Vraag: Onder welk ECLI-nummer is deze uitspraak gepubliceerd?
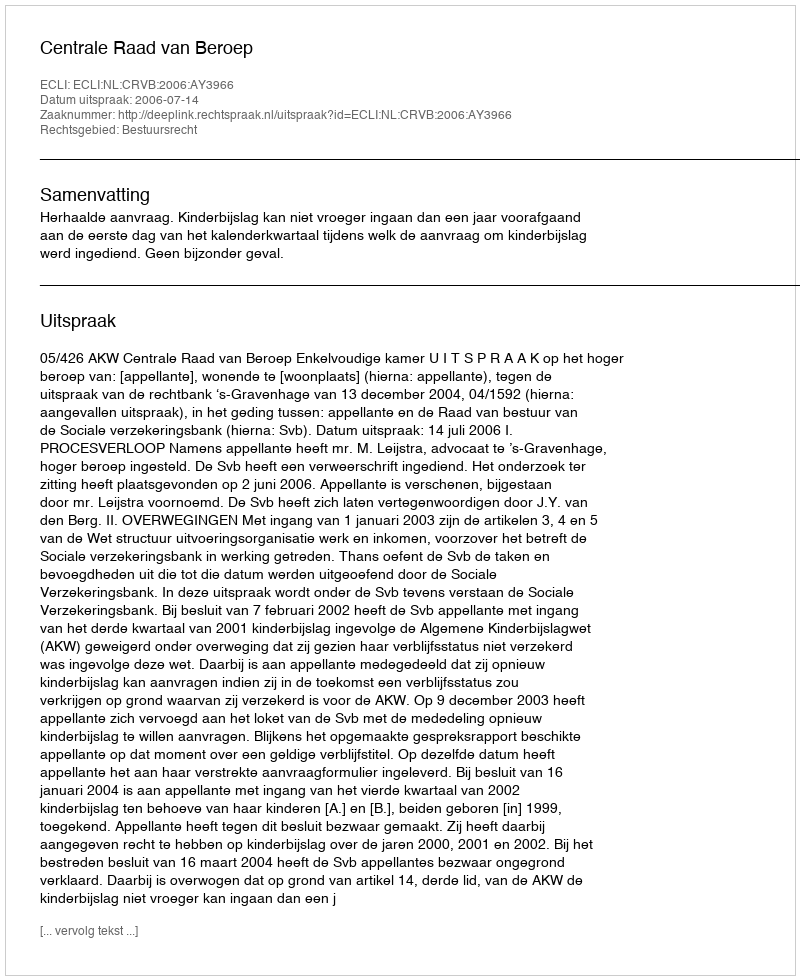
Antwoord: ECLI:NL:CRVB:2006:AY3966